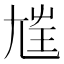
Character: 𡯭